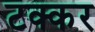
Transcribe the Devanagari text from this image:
टक्कर